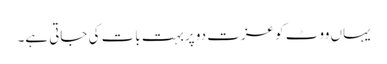
یہاں ووٹ کو عزت دو پربہت بات کی جاتی ہے۔